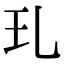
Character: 玌